Problem: 1 + 44 = ?
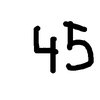
Handwritten answer: 45